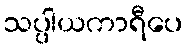
သပ္ပါယကာရီပေ